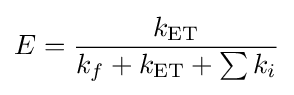
E={\frac {k_{\text{ET}}}{k_{f}+k_{\text{ET}}+\sum {k_{i}}}}